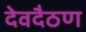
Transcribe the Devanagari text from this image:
देवदैठण